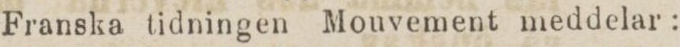
Franska tidningen Mouvement meddelar: